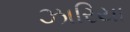
ઝારિયા